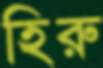
হিরু